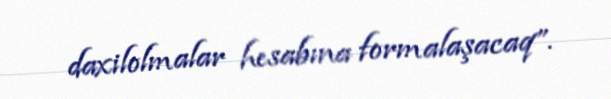
daxilolmalar hesabına formalaşacaq”.